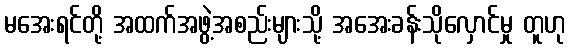
မအေးရင်တို့ အထက်အဖွဲ့အစည်းများသို့ အအေးခန်းသိုလှောင်မှု တူဟု